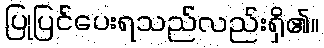
ပြုပြင်ပေးရသည်လည်းရှိ၏။